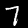
Label: 7